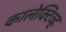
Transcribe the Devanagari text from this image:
कालेक्टिव्ह